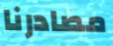
مصادرنا